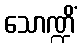
သောဏ္ဍိံ